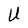
Character: U